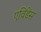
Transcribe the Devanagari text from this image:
एविंडेंस